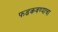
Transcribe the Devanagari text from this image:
फडकवण्याचा